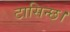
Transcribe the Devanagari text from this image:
टासिन्छ।